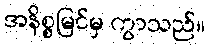
အနိစ္စမြင်မှ ကွာသည်။